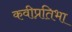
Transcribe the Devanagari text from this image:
कवीप्रतिभा